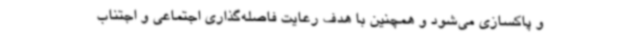
و پاکسازی می‌شود و همچنین با هدف رعایت فاصله‌گذاری اجتماعی و اجتناب